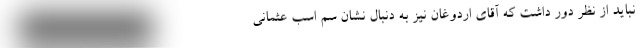
نباید از نظر دور داشت که آقای اردوغان نیز به دنبال نشان سُم اسب عثمانی